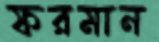
ফরমান